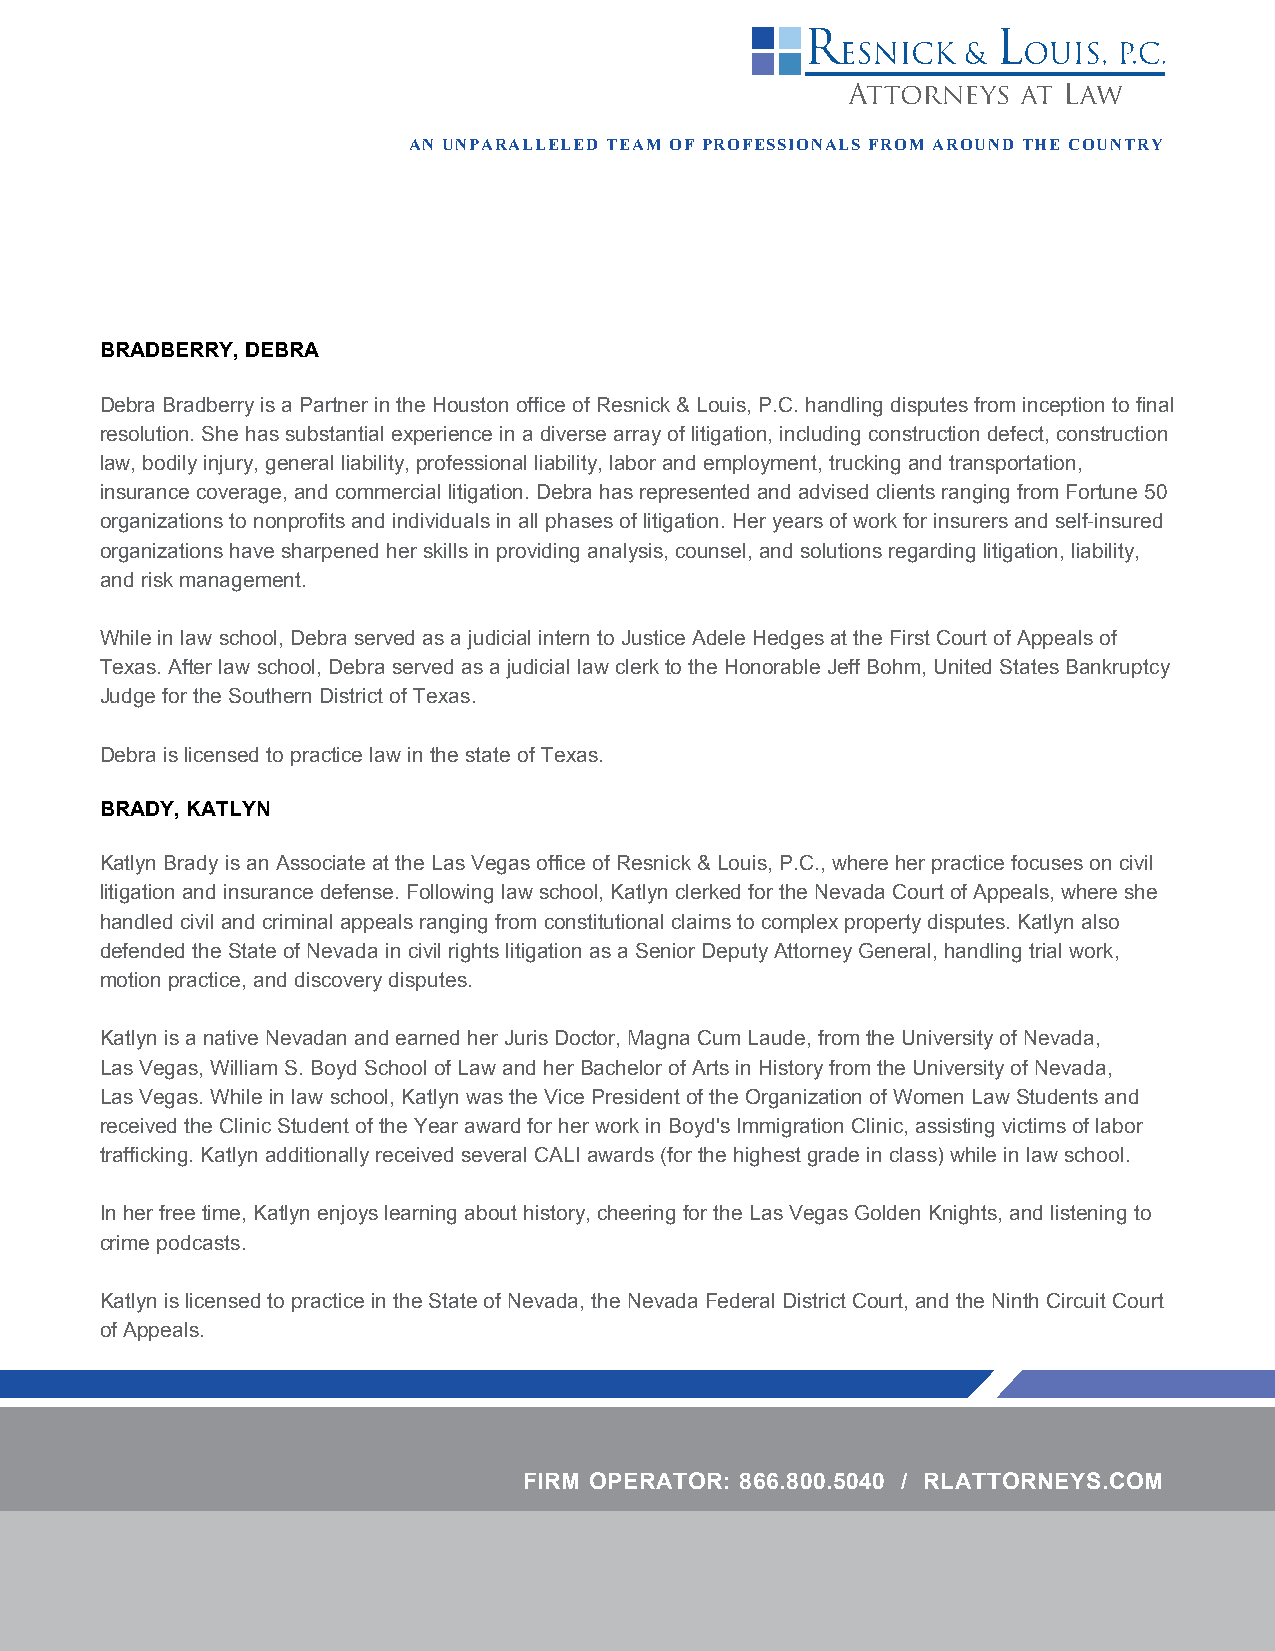
AN UNPARALLELED TEAM OF PROFESSIONALS FROM AROUND THE COUNTRY
 BRADBERRY, DEBRA
 Debra Bradberry is a Partner in the Houston office of Resnick & Louis, P.C. handling disputes from inception to final
 resolution. She has substantial experience in a diverse array of litigation, including construction defect, construction
 law, bodily injury, general liability, professional liability, labor and employment, trucking and transportation,
 insurance coverage, and commercial litigation. Debra has represented and advised clients ranging from Fortune 50
 organizations to nonprofits and individuals in all phases of litigation. Her years of work for insurers and self-insured
 organizations have sharpened her skills in providing analysis, counsel, and solutions regarding litigation, liability,
 and risk management.
 While in law school, Debra served as a judicial intern to Justice Adele Hedges at the First Court of Appeals of
 Texas. After law school, Debra served as a judicial law clerk to the Honorable Jeff Bohm, United States Bankruptcy
 Judge for the Southern District of Texas.
 Debra is licensed to practice law in the state of Texas.
 BRADY, KATLYN
 Katlyn Brady is an Associate at the Las Vegas office of Resnick & Louis, P.C., where her practice focuses on civil
 litigation and insurance defense. Following law school, Katlyn clerked for the Nevada Court of Appeals, where she
 handled civil and criminal appeals ranging from constitutional claims to complex property disputes. Katlyn also
 defended the State of Nevada in civil rights litigation as a Senior Deputy Attorney General, handling trial work,
 motion practice, and discovery disputes.
 Katlyn is a native Nevadan and earned her Juris Doctor, Magna Cum Laude, from the University of Nevada,
 Las Vegas, William S. Boyd School of Law and her Bachelor of Arts in History from the University of Nevada,
 Las Vegas. While in law school, Katlyn was the Vice President of the Organization of Women Law Students and
 received the Clinic Student of the Year award for her work in Boyd's Immigration Clinic, assisting victims of labor
 trafficking. Katlyn additionally received several CALI awards (for the highest grade in class) while in law school.
 In her free time, Katlyn enjoys learning about history, cheering for the Las Vegas Golden Knights, and listening to
 crime podcasts.
 Katlyn is licensed to practice in the State of Nevada, the Nevada Federal District Court, and the Ninth Circuit Court
 of Appeals.
 FIRM OPERATOR: 866.800.5040 / RLATTORNEYS.COM